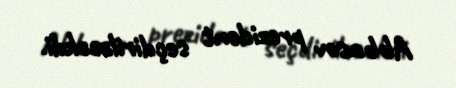
Abbasov prezident seçdiriləcəkdi.